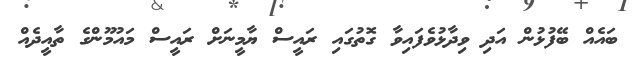
ބައެއް ބޭފުޅުން އަދި ވިދާޅުވެފައިވާ ގޮތުގައި ރައީސް ޔާމީނަށް ރައީސް މައުމޫންގެ ތާއީދެއް